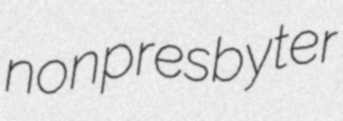
nonpresbyter